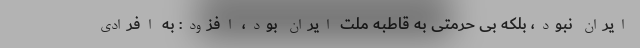
ایران نبود، بلکه بی حرمتی به قاطبه ملت ایران بود، افزود: به افرادی